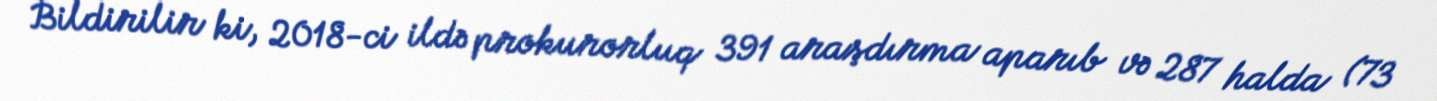
Bildirilir ki, 2018-ci ildə prokurorluq 391 araşdırma aparıb və 287 halda (73